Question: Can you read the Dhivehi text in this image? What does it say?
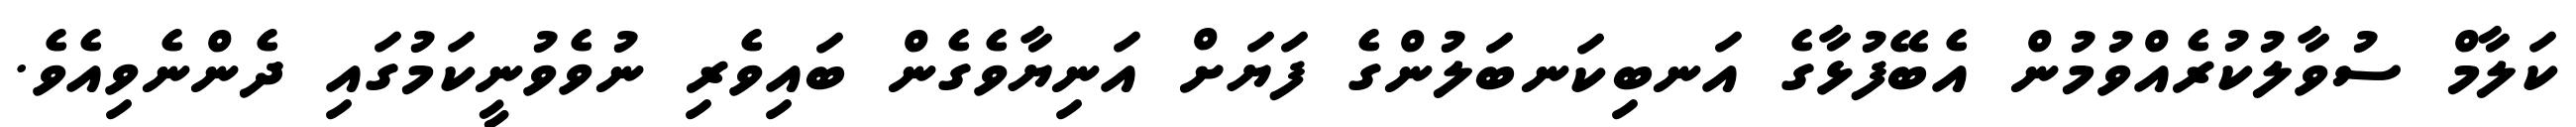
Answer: ކަލާމް ސުވާލުކުރެއްވުމުން އެބޭފުޅާގެ އަނބިކަނބަލުންގެ ފަޔަށް އަނިޔާވެގެން ބައިވެރި ނުވެވުނީކަމުގައި ދެންނެވިއެވެ.